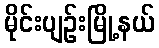
မိုင်းပျဉ်းမြို့နယ်